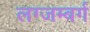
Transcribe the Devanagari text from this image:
लग्जम्बर्ग